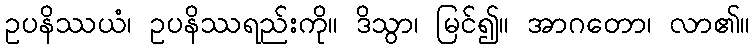
ဥပနိဿယံ၊ ဥပနိဿရည်းကို။ ဒိသွာ၊ မြင်၍။ အာဂတော၊ လာ၏။